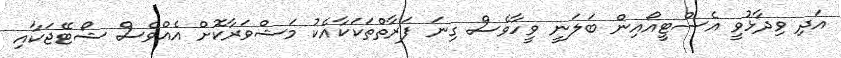
އަދި ވިދާޅުވީ އެސްޓީއޯއިން ބަލަނީ ވީހާވެސް ގިނަ ފަރާތްތަކަކާއެކު މަޝްވަރާކޮށް އެއްވެސް ޝޯޓޭޖަކާއި